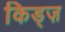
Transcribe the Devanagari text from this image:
किड्ज़